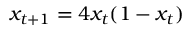
x _ { t + 1 } = 4 x _ { t } ( 1 - x _ { t } )